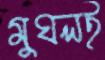
মুঘলই